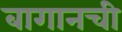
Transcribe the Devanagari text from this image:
बागानची